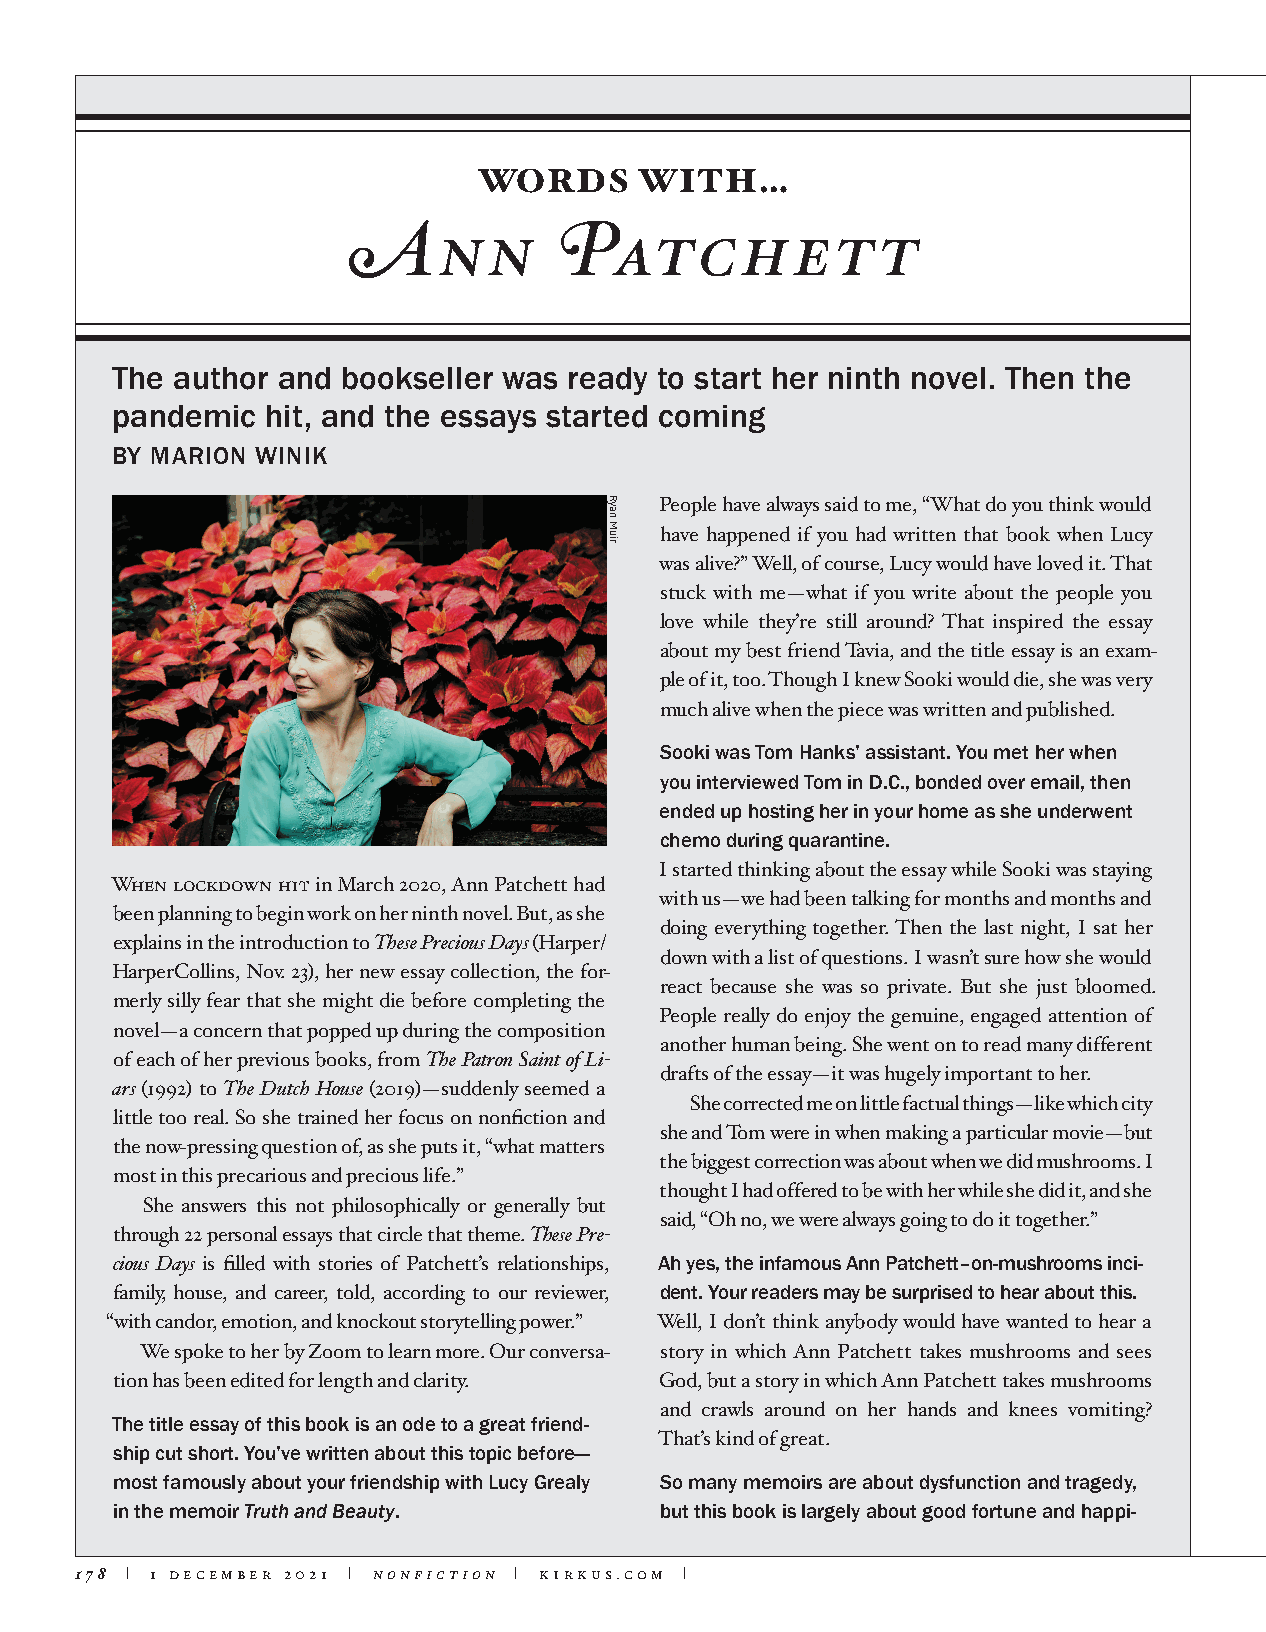
WORDS     WITH…
 Ann           Patchett
 The author and  bookseller was ready to start her ninth novel. Then the
 pandemic   hit, and the essays started coming
 BY MARION WINIK
 People have always said to me, “What do you think would
 have happened if you had written that book when Lucy
 was alive?” Well, of course, Lucy would have loved it. That
 stuck with me—what if you write about the people you
 love while they’re still around? That inspired the essay
 about my best friend Tavia, and the title essay is an exam-
 ple of it, too. Though I knew Sooki would die, she was very
 much alive when the piece was written and published.
 Sooki was Tom Hanks’ assistant. You met her when
 you interviewed Tom in D.C., bonded over email, then
 ended up hosting her in your home as she underwent
 chemo during quarantine.
 I started thinking about the essay while Sooki was staying
 When lockdown hit in March 2020, Ann Patchett had
 with us—we had been talking for months and months and
 been planning to begin work on her ninth novel. But, as she
 doing everything together. Then the last night, I sat her
 explains in the introduction to These Precious Days (Harper/
 down with a list of questions. I wasn’t sure how she would
 HarperCollins, Nov. 23), her new essay collection, the for-
 react because she was so private. But she just bloomed.
 merly silly fear that she might die before completing the
 People really do enjoy the genuine, engaged attention of
 novel—a concern that popped up during the composition
 another human being. She went on to read many different
 of each of her previous books, from The Patron Saint of Li-
 drafts of the essay—it was hugely important to her.
 ars (1992) to The Dutch House (2019)—suddenly seemed a
 She corrected me on little factual things—like which city
 little too real. So she trained her focus on nonfiction and
 she and Tom were in when making a particular movie—but
 the now-pressing question of, as she puts it, “what matters
 the biggest correction was about when we did mushrooms. I
 most in this precarious and precious life.”
 thought I had offered to be with her while she did it, and she
 She answers this not philosophically or generally but
 said, “Oh no, we were always going to do it together.”
 through 22 personal essays that circle that theme. These Pre-
 cious Days is filled with stories of Patchett’s relationships, Ah yes, the infamous Ann Patchett–on-mushrooms inci-
 family, house, and career, told, according to our reviewer, dent. Your readers may be surprised to hear about this.
 “with candor, emotion, and knockout storytelling power.” Well, I don’t think anybody would have wanted to hear a
 We spoke to her by Zoom to learn more. Our conversa- story in which Ann Patchett takes mushrooms and sees
 tion has been edited for length and clarity. God, but a story in which Ann Patchett takes mushrooms
 and crawls around on her hands and knees vomiting?
 The title essay of this book is an ode to a great friend-
 That’s kind of great.
 ship cut short. You’ve written about this topic before—
 most famously about your friendship with Lucy Grealy So many memoirs are about dysfunction and tragedy,
 in the memoir Truth and Beauty.      but this book is largely about good fortune and happi-
 178 | 1 december 2021 | nonfiction | kirkus.com |
 Ryan
 Muir